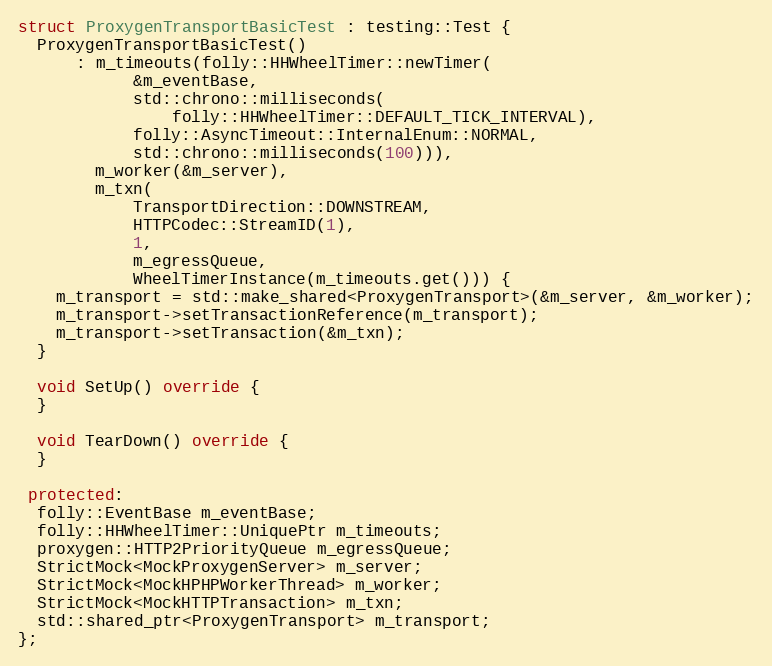
Language: C++
struct ProxygenTransportBasicTest : testing::Test {
  ProxygenTransportBasicTest()
      : m_timeouts(folly::HHWheelTimer::newTimer(
            &m_eventBase,
            std::chrono::milliseconds(
                folly::HHWheelTimer::DEFAULT_TICK_INTERVAL),
            folly::AsyncTimeout::InternalEnum::NORMAL,
            std::chrono::milliseconds(100))),
        m_worker(&m_server),
        m_txn(
            TransportDirection::DOWNSTREAM,
            HTTPCodec::StreamID(1),
            1,
            m_egressQueue,
            WheelTimerInstance(m_timeouts.get())) {
    m_transport = std::make_shared<ProxygenTransport>(&m_server, &m_worker);
    m_transport->setTransactionReference(m_transport);
    m_transport->setTransaction(&m_txn);
  }

  void SetUp() override {
  }

  void TearDown() override {
  }

 protected:
  folly::EventBase m_eventBase;
  folly::HHWheelTimer::UniquePtr m_timeouts;
  proxygen::HTTP2PriorityQueue m_egressQueue;
  StrictMock<MockProxygenServer> m_server;
  StrictMock<MockHPHPWorkerThread> m_worker;
  StrictMock<MockHTTPTransaction> m_txn;
  std::shared_ptr<ProxygenTransport> m_transport;
};